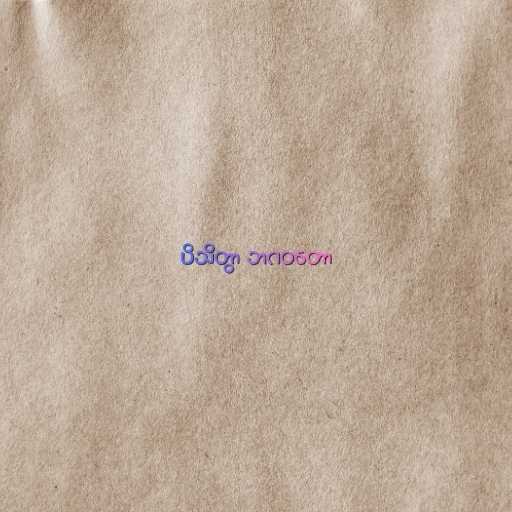
ပိသိတွာ ဘဂဝတော